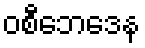
ဝစီဘေဒေန